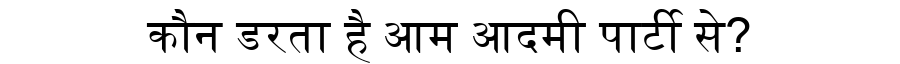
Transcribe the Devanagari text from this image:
कौन डरता है आम आदमी पार्टी से?